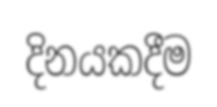
දිනයකදීම